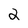
Character: 2